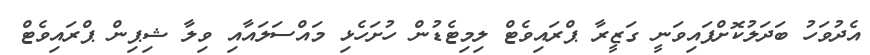
އެދުވަހު ބަދަލުކޮށްފައިވަނީ ގަޒީރާ ޕްރައިވެޓް ލިމިޓެޑުން ހުށަހެޅި މައްސަލައާއި ވިލާ ޝިޕިން ޕްރައިވެޓް